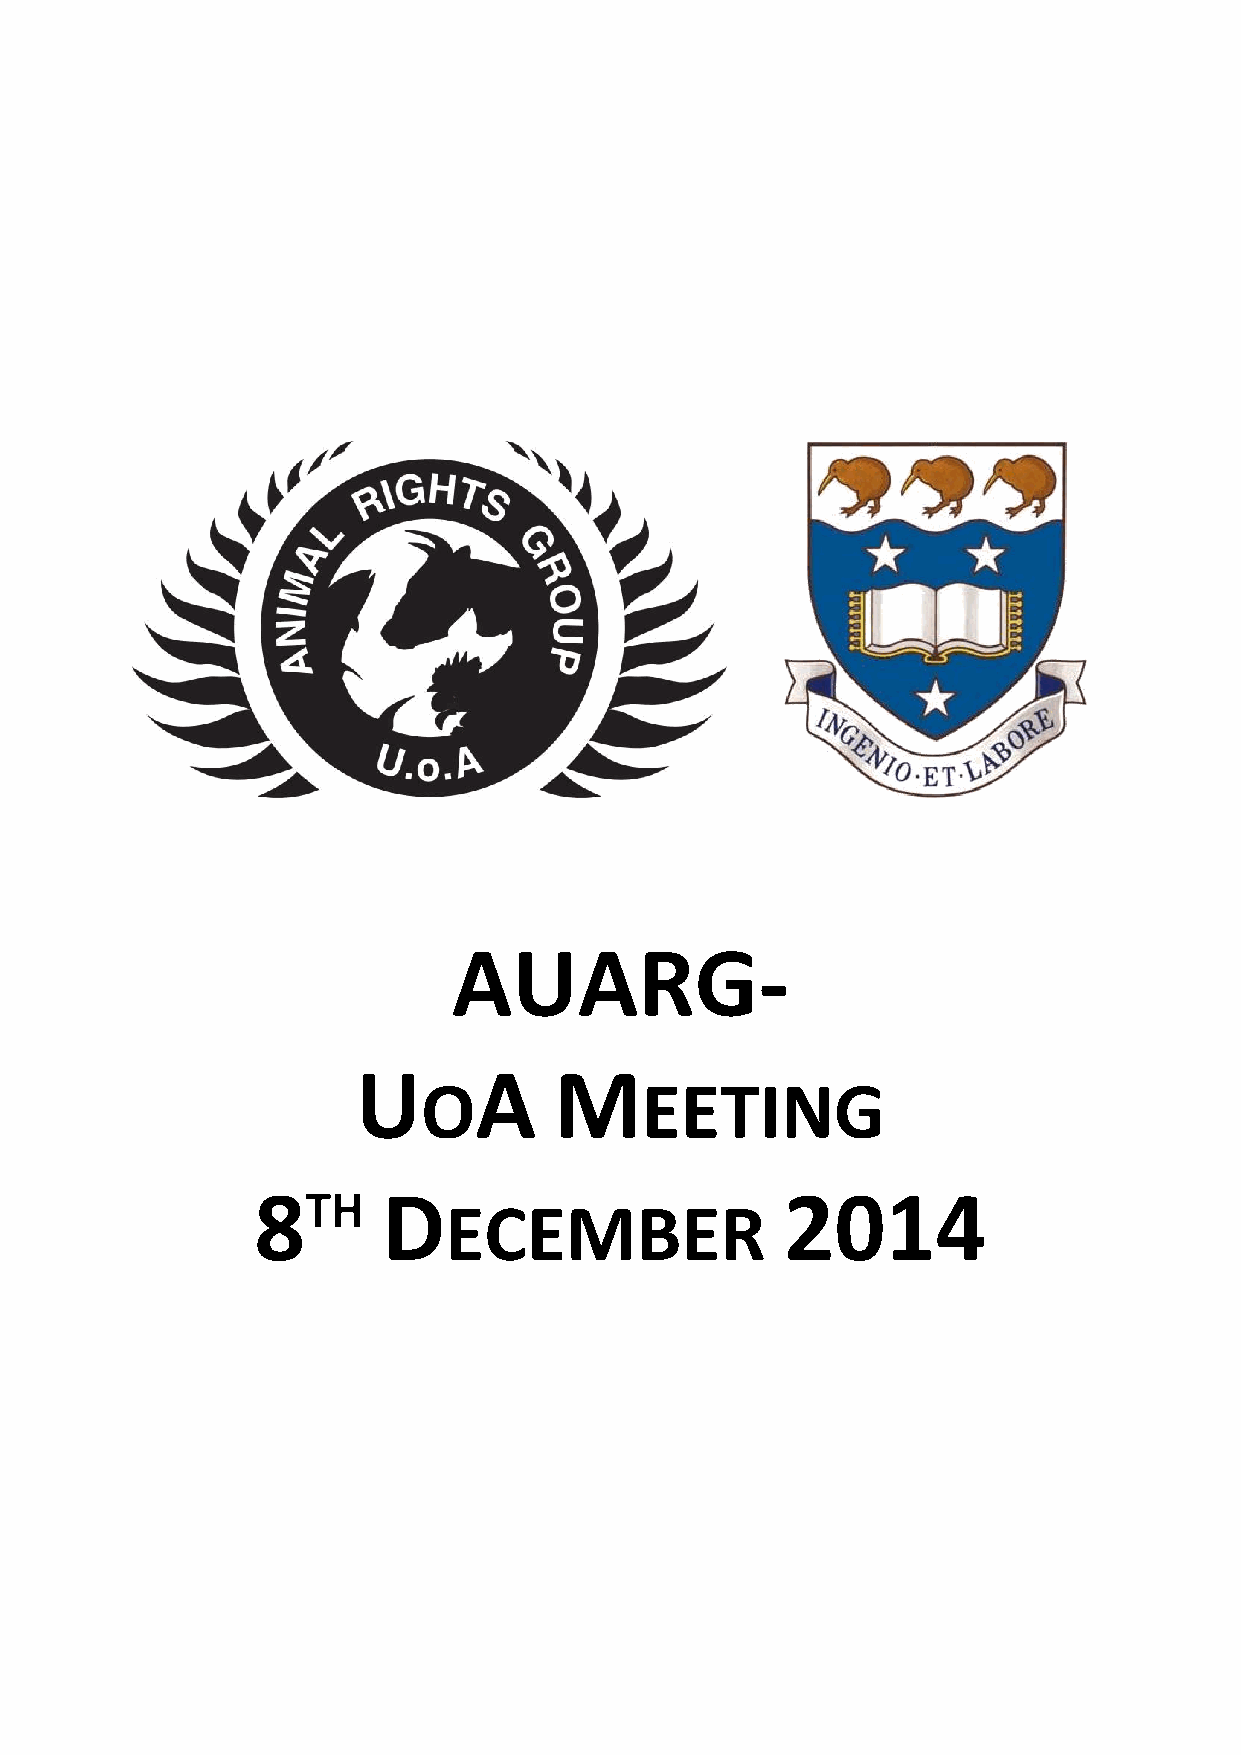
AUARG-
 U      A     M
 O             EETING
 8TH     D                          2014
 ECEMBER